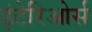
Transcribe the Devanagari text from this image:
इंटेरिओर्स